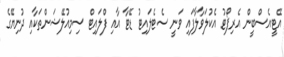
އޭޓީއެސްބީން އެރިޕޯޓު އެކުލަވާލާފައި ވަނީ ސެޓެލައިޓު ޑޭޓާ އާއި ފްލައިޓް ސިމިއުލޭޝަންތަކާއި ދުނިޔޭގެ